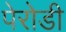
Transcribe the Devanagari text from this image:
पेरोडी